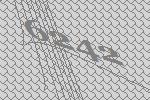
6242